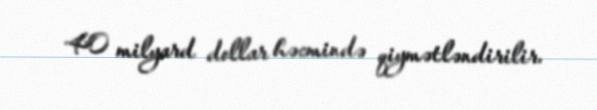
40 milyard dollar həcmində qiymətləndirilir.